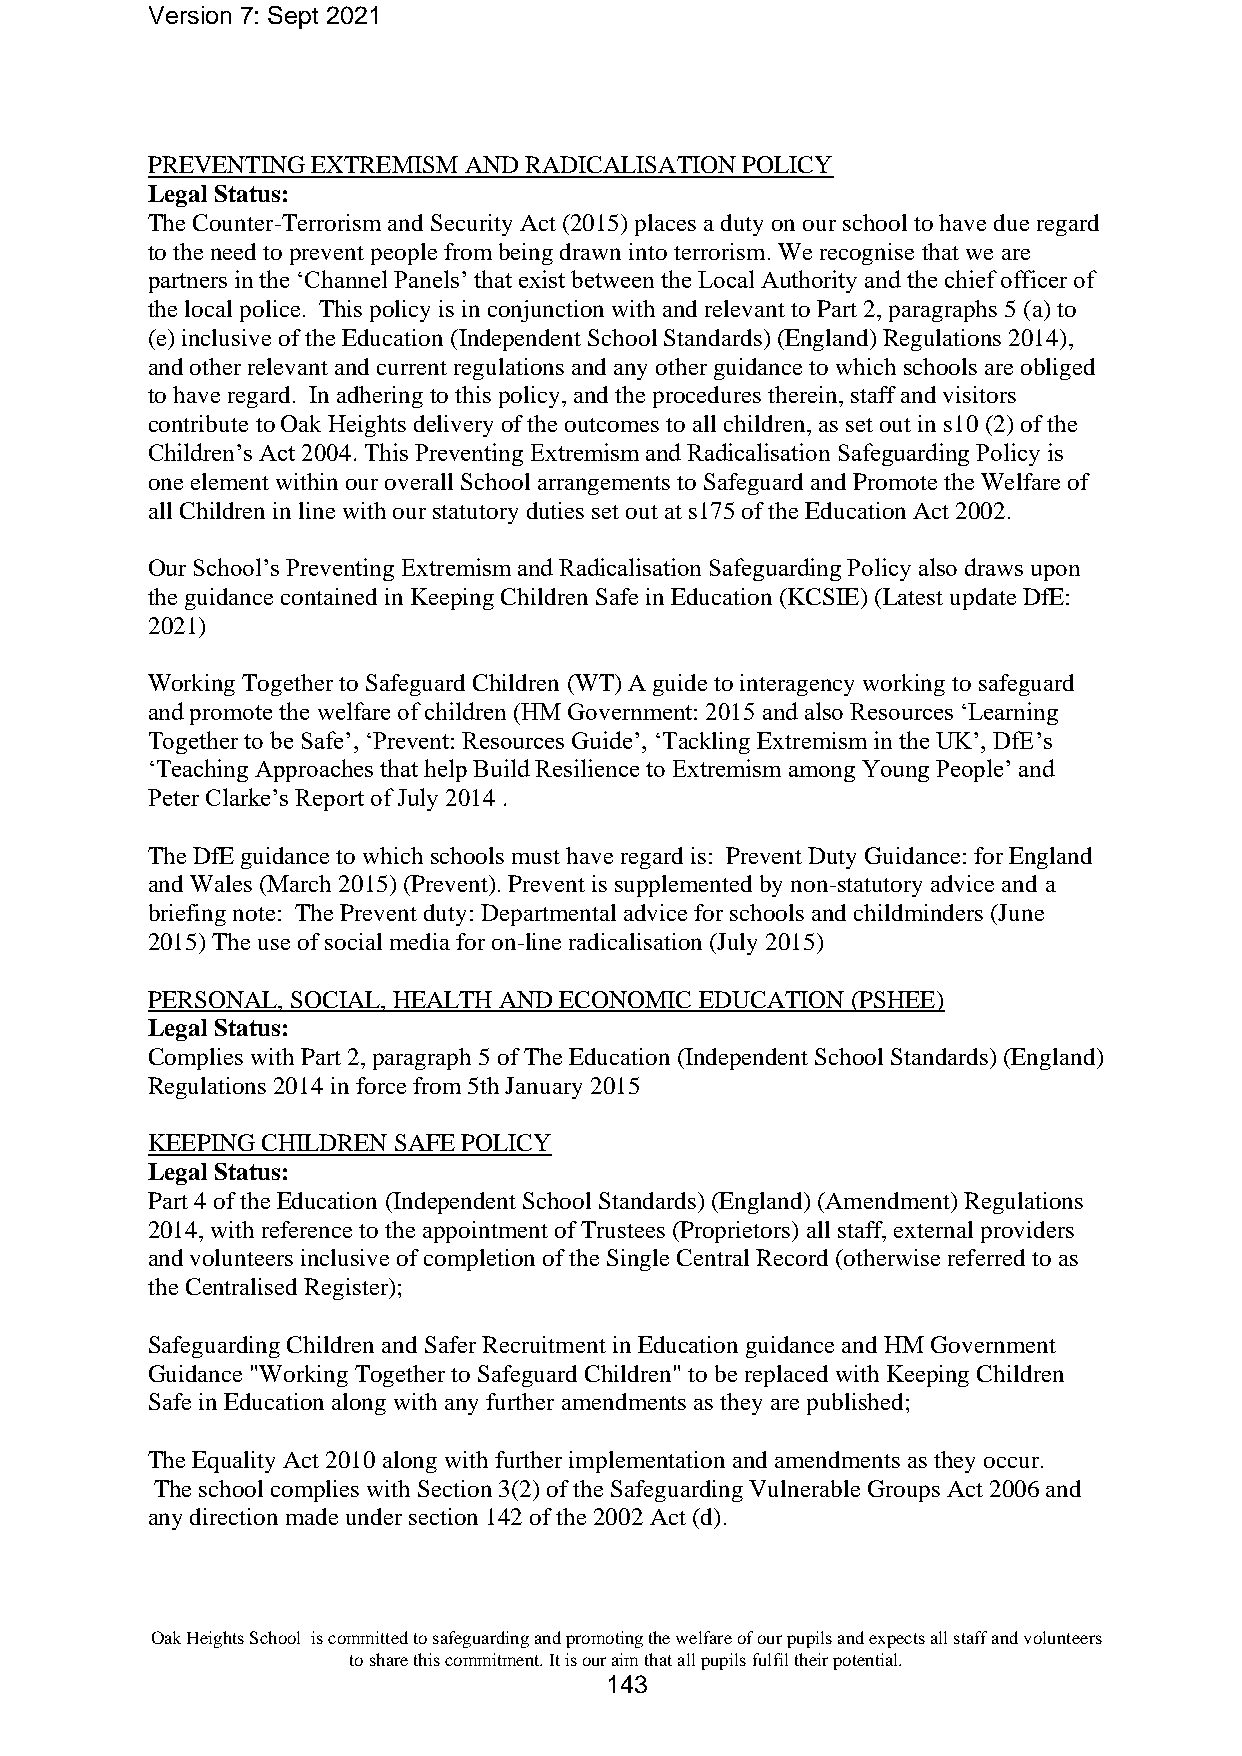
Version 7: Sept 2021
 PREVENTING EXTREMISM AND RADICALISATION POLICY
 Legal Status:
 The Counter-Terrorism and Security Act (2015) places a duty on our school to have due regard
 to the need to prevent people from being drawn into terrorism. We recognise that we are
 partners in the ‘Channel Panels’ that exist between the Local Authority and the chief officer of
 the local police. This policy is in conjunction with and relevant to Part 2, paragraphs 5 (a) to
 (e) inclusive of the Education (Independent School Standards) (England) Regulations 2014),
 and other relevant and current regulations and any other guidance to which schools are obliged
 to have regard. In adhering to this policy, and the procedures therein, staff and visitors
 contribute to Oak Heights delivery of the outcomes to all children, as set out in s10 (2) of the
 Children’s Act 2004. This Preventing Extremism and Radicalisation Safeguarding Policy is
 one element within our overall School arrangements to Safeguard and Promote the Welfare of
 all Children in line with our statutory duties set out at s175 of the Education Act 2002.
 Our School’s Preventing Extremism and Radicalisation Safeguarding Policy also draws upon
 the guidance contained in Keeping Children Safe in Education (KCSIE) (Latest update DfE:
 2021)
 Working Together to Safeguard Children (WT) A guide to interagency working to safeguard
 and promote the welfare of children (HM Government: 2015 and also Resources ‘Learning
 Together to be Safe’, ‘Prevent: Resources Guide’, ‘Tackling Extremism in the UK’, DfE’s
 ‘Teaching Approaches that help Build Resilience to Extremism among Young People’ and
 Peter Clarke’s Report of July 2014 .
 The DfE guidance to which schools must have regard is: Prevent Duty Guidance: for England
 and Wales (March 2015) (Prevent). Prevent is supplemented by non-statutory advice and a
 briefing note: The Prevent duty: Departmental advice for schools and childminders (June
 2015) The use of social media for on-line radicalisation (July 2015)
 PERSONAL, SOCIAL, HEALTH AND ECONOMIC EDUCATION (PSHEE)
 Legal Status:
 Complies with Part 2, paragraph 5 of The Education (Independent School Standards) (England)
 Regulations 2014 in force from 5th January 2015
 KEEPING CHILDREN SAFE POLICY
 Legal Status:
 Part 4 of the Education (Independent School Standards) (England) (Amendment) Regulations
 2014, with reference to the appointment of Trustees (Proprietors) all staff, external providers
 and volunteers inclusive of completion of the Single Central Record (otherwise referred to as
 the Centralised Register);
 Safeguarding Children and Safer Recruitment in Education guidance and HM Government
 Guidance "Working Together to Safeguard Children" to be replaced with Keeping Children
 Safe in Education along with any further amendments as they are published;
 The Equality Act 2010 along with further implementation and amendments as they occur.
 The school complies with Section 3(2) of the Safeguarding Vulnerable Groups Act 2006 and
 any direction made under section 142 of the 2002 Act (d).
 Oak Heights School is committed to safeguarding and promoting the welfare of our pupils and expects all staff and volunteers
 to share this commitment. It is our aim that all pupils fulfil their potential.
 143